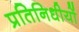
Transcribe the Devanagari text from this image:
प्रतिनिधीयों